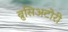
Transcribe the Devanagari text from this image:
ब्रुसिअटोरी